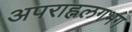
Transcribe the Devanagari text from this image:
अपराह्नलगभग